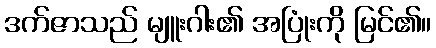
ဒက်ဇာသည် မျူးဂါး၏ အပြုံးကို မြင်၏။